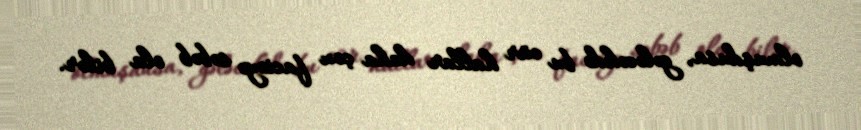
olmuşdusa, gələcəkdə bu cür hallar daha çox faciəyə səbəb ola bilər.